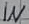
Text: IN